King Institute of Preventive Medicine Bacteriolog. Section reports 1907-08
Year: 1907
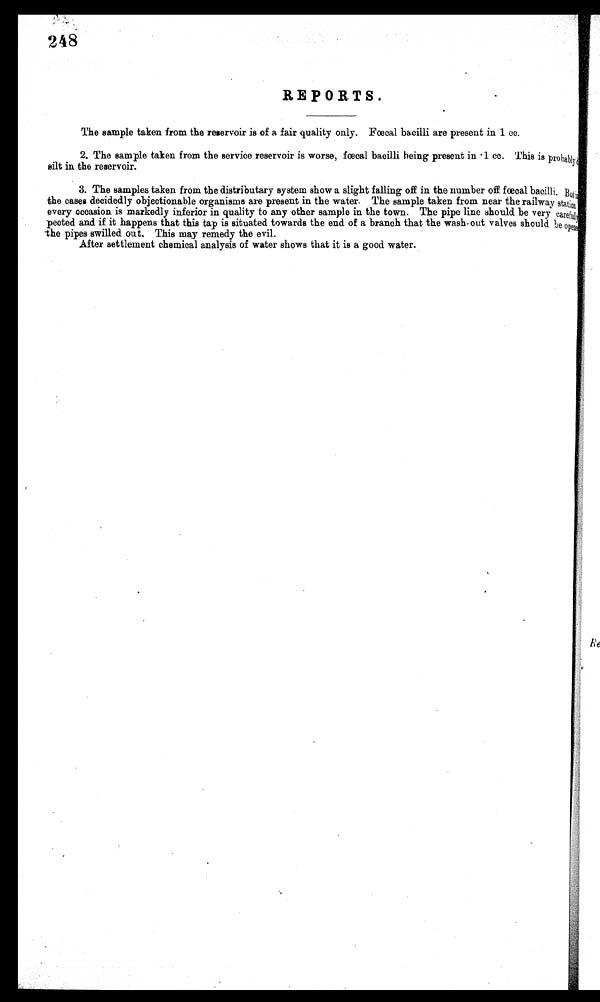
248
REPORTS.
The sample taken from the reservoir is of a fair quality only. Fœcal bacilli are present in 1 cc.
2. The sample taken from the service reservoir is worse, bacilli being present in • 1 cc. This is probably
silt in the reservoir.
3. The samples taken from the distributary system show a slight falling off in the number off fœcal bacilli.
B u t i n
the cases decidedly objectionable organisms are present in the water. The sample taken from near the railway station
every occasion is markedly inferior in quality to any other sample in the town. The pipe line should be very carefully
peoted and if it happens that this tap is situated towards the end of a branch that the wash-out valves should be opened
the pipes swilled out. This may remedy the evil.
After settlement chemical analysis of water shows that it is a good water.